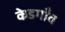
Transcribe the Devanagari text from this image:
केडगाँव